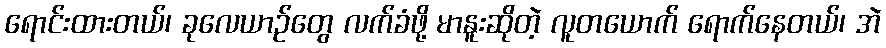
ရောင်းထားတယ်၊ ခုလေယာဉ်တွေ လက်ခံဖို့ မာနူးဆိုတဲ့ လူတယောက် ရောက်နေတယ်၊ အဲ